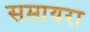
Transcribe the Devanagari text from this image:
समायरा